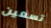
تسعين